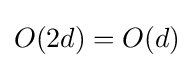
O(2d)=O(d)